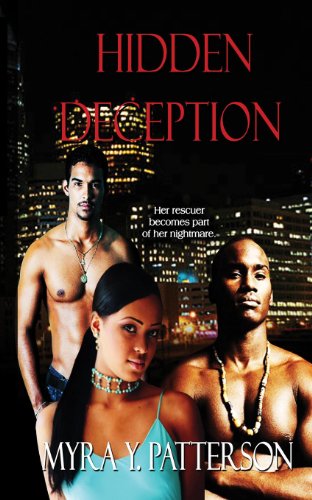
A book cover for Hidden Deception; Myra Y. Patterson; Romance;